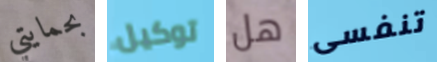
بحمايتي توكيل هل تنفسى